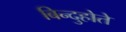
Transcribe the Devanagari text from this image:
बिन्दुहोते